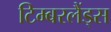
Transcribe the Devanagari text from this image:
टिम्बरलैंड्स